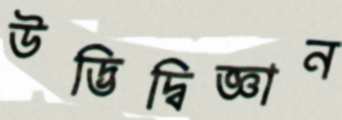
উদ্ভিদ্‌বিজ্ঞান